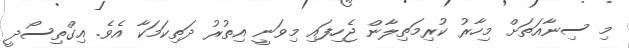
މި ސިނާއަތަށް މިހާރު ކުރިމަތިލާން ޖެހިފައި މިވަނީ އިތުރު ދަތިކަމަކާ އެވެ. އިގްތިސޯދީ